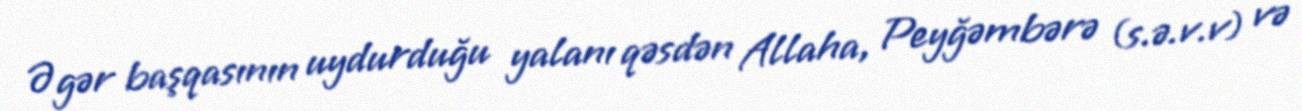
Əgər başqasının uydurduğu yalanı qəsdən Allaha, Peyğəmbərə (s.ə.v.v) və